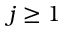
j \geq 1